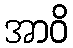
အာဝိ